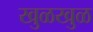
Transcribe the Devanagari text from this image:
खुळखुळ